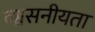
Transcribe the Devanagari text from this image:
व्श्वसनीयता